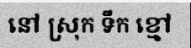
នៅ ស្រុក ទឹក ខ្មៅ